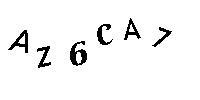
AZ6CA7